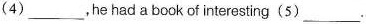
(4) ___ ,he had a book of interesting(5) ___.